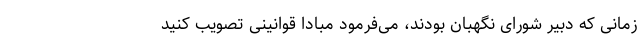
زمانی که دبیر شورای نگهبان بودند، می‌فرمود مبادا قوانینی تصویب کنید